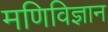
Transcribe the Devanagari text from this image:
मणिविज्ञान